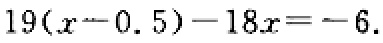
\(19(x - 0.5)-18x=-6\)